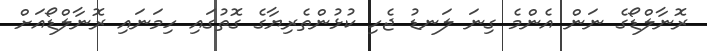
ރޮނާލްޑޯގެ ނަން އެންމެ ގިނަ ލަނޑު ޖެހި ކުޅުންތެރިޔާގެ ގޮތުގައި ހިމަނައި ރޮނާލްޑޯއަށް